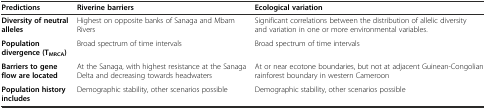
| Predictions | Riverine barriers | Ecological variation |
 | --- | --- | --- |
 | Diversity of neutral alleles | Highest on opposite banks of Sanaga and Mbam Rivers | Significant correlations between the distribution of allelic diversity and variation in one or more environmental variables. |
 | Population divergence (TMRCA) | Broad spectrum of time intervals | Broad spectrum of time intervals |
 | Barriers to gene flow are located | At the Sanaga, with highest resistance at the Sanaga Delta and decreasing towards headwaters | At or near ecotone boundaries, but not at adjacent Guinean-Congolian rainforest boundary in western Cameroon |
 | Population history includes | Demographic stability, other scenarios possible | Demographic stability, other scenarios possible |